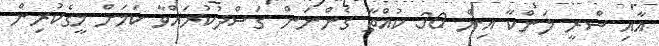
އާއި ސްރީ ލަންކާ އިން 30 ކުއްތާ ގެންނަން ގަސްދުކުރައްވާ ކަމަށް މީގެކުރިން